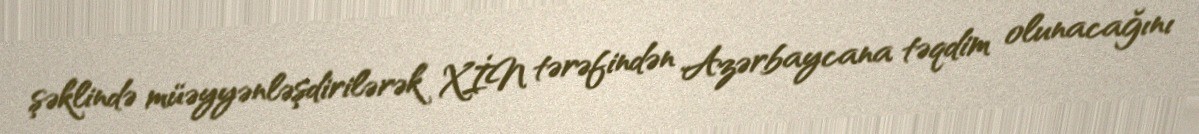
şəklində müəyyənləşdirilərək XİN tərəfindən Azərbaycana təqdim olunacağını